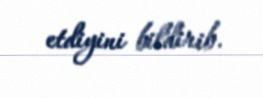
etdiyini bildirib.